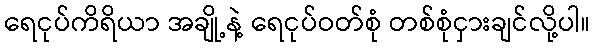
ရေငုပ်ကိရိယာ အချို့နဲ့ ရေငုပ်ဝတ်စုံ တစ်စုံငှားချင်လို့ပါ။